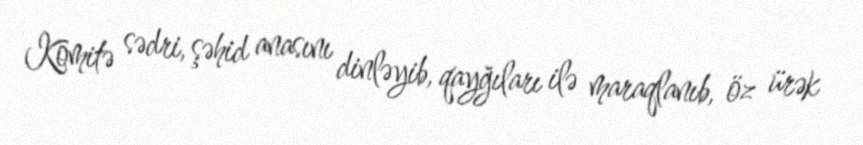
Komitə sədri, şəhid anasını dinləyib, qayğıları ilə maraqlanıb, öz ürək